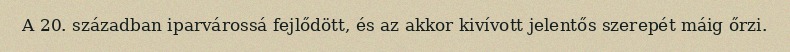
A 20. században iparvárossá fejlődött, és az akkor kivívott jelentős szerepét máig őrzi.